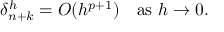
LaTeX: \delta _ { n + k } ^ { h } = O ( h ^ { p + 1 } ) \quad { \mathrm { a s ~ } } h \to 0 .